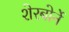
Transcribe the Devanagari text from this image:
शेरबोर्ने